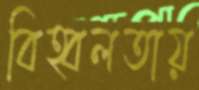
বিহ্বলতায়